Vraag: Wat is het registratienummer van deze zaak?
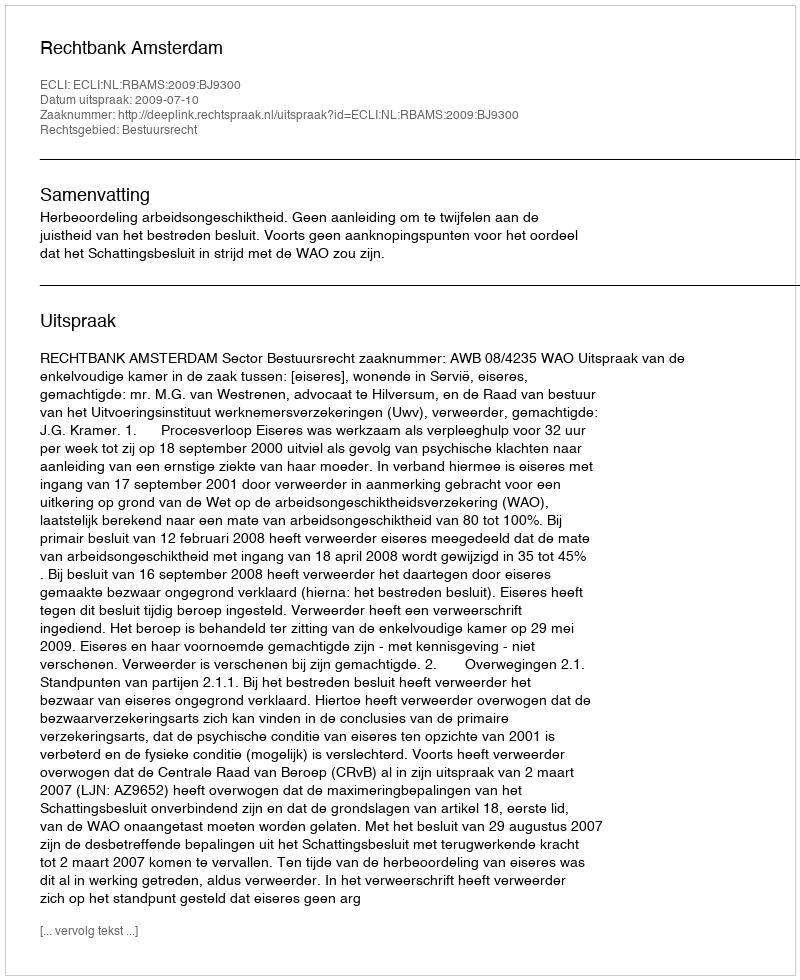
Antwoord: http://deeplink.rechtspraak.nl/uitspraak?id=ECLI:NL:RBAMS:2009:BJ9300